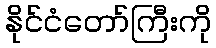
နိုင်ငံတော်ကြီးကို